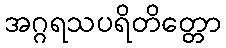
အဂ္ဂရသပရိတိတ္တော